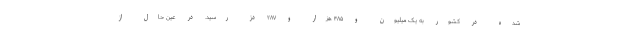
شده در کشور به یک میلیون و ۴۸۵ هزار و ۲۸۷ دُز رسید. در عین حال از